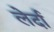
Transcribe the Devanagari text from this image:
लेर्दा